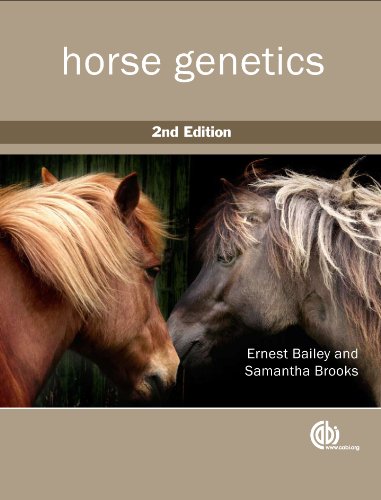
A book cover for Horse Genetics; Ernest Bailey; Medical Books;